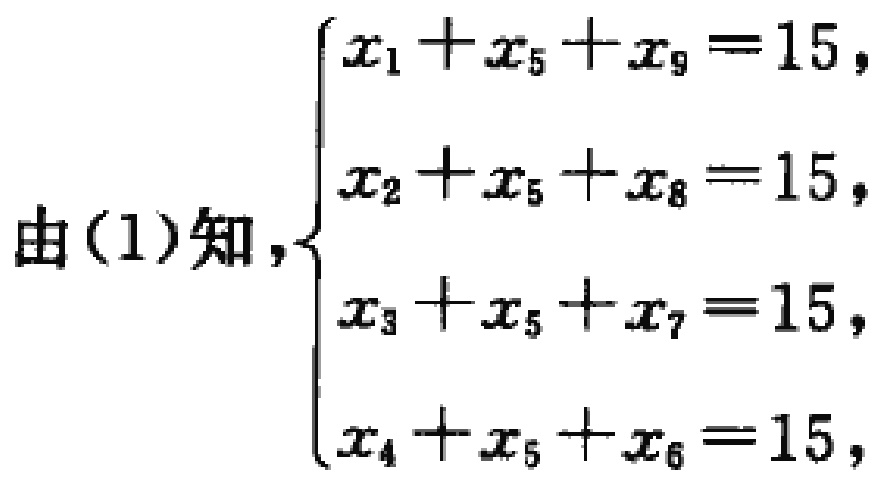
由(1)知，\(\begin{cases}
x_{1}+x_{5}+x_{9}=15,\\
x_{2}+x_{5}+x_{8}=15,\\
x_{3}+x_{5}+x_{7}=15,\\
x_{4}+x_{5}+x_{6}=15,
\end{cases}\)